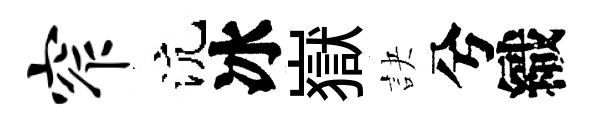
窄沆冰嶽訣兮織